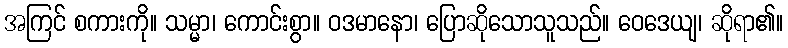
အကြင် စကားကို။ သမ္မာ၊ ကောင်းစွာ။ ဝဒမာနော၊ ပြောဆိုသောသူသည်။ ဝေဒေယျ၊ ဆိုရာ၏။